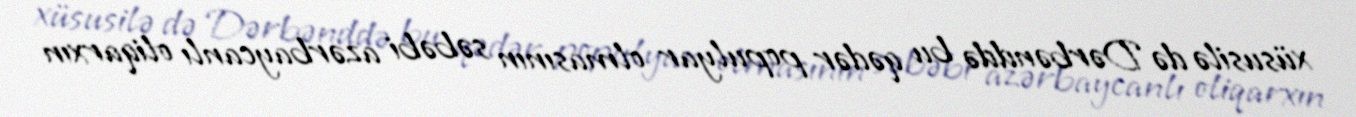
xüsusilə də Dərbənddə bu qədər populyar olmasının səbəbi azərbaycanlı oliqarxın